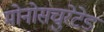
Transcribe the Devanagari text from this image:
मोनोसचुरेटेड